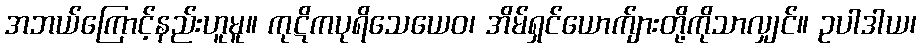
အဘယ်ကြောင့်နည်းဟူမူ။ ကုဋိကပုရိသေယေဝ၊ အိမ်ရှင်ယောက်ျားတို့ကိုသာလျှင်။ ဥပါဒါယ၊